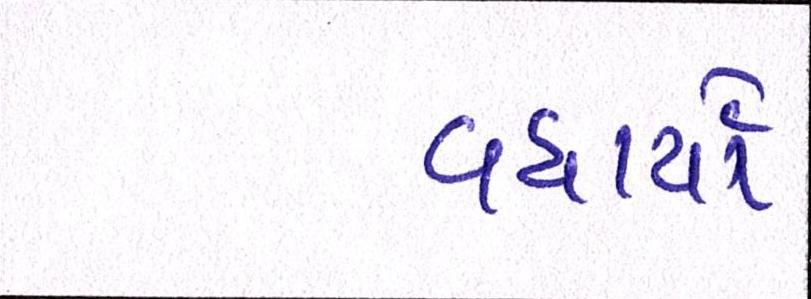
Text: વધાર્યો